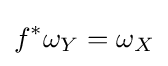
f^{*}\omega _{Y}=\omega _{X}